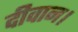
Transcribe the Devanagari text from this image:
दीवान।